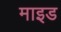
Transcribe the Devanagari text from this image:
माइड